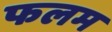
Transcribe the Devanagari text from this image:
फलम